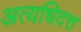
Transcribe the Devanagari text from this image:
अत्यधिदत्त